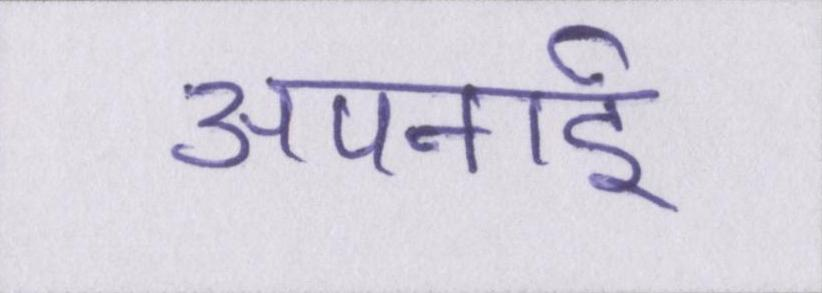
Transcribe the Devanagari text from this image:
अपनाई